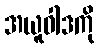
အယူဝါဒကို